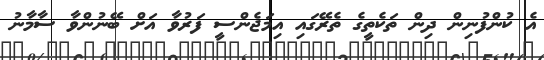
އެ ކުންފުނިން ދިން ތަކެތީގެ ތެރޭގައި އިމަޖެންސީ ފަރުވާ އަށް ބޭނުންވާ ސާމާނު